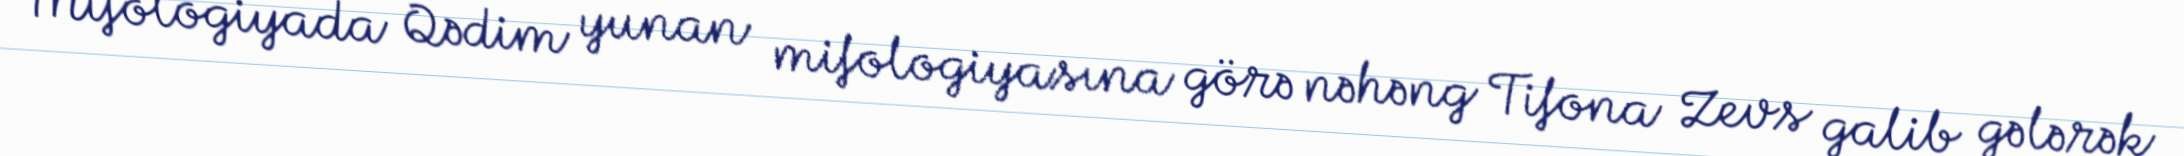
Mifologiyada Qədim yunan mifologiyasına görə nəhəng Tifona Zevs galib gələrək